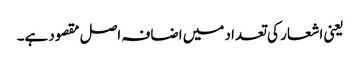
یعنی اشعار کی تعداد میں اضافہ اصل مقصود ہے۔